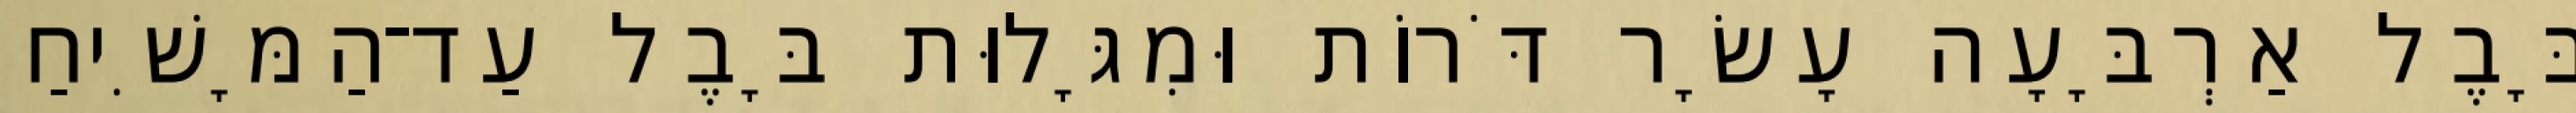
בָּבֶל אַרְבָּעָה עָשָׂר דֹּרוֹת וּמִגָּלוּת בָּבֶל עַד־הַמָּשִׁיחַ